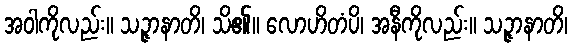
အဝါကိုလည်း။ သဉ္ဇာနာတိ၊ သိ၏။ လောဟိတံပိ၊ အနီကိုလည်း။ သဉ္ဇာနာတိ၊